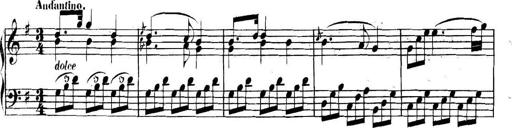
Title: Collected Piano Sonatas
Composer: Muzio Clementi